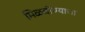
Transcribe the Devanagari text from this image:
मिळवीण्याचा